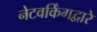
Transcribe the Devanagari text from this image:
नेटवर्किंगद्वारे